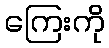
ကြေးကို